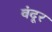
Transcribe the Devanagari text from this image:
वंदूर